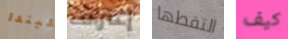
ليندا إعتراف التقطها كيف